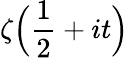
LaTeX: \zeta{\Bigl(}{\frac{1}{2}}+it{\Bigr)}